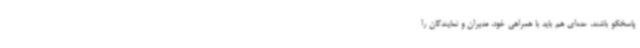
پاسخگو باشند، عده‌ای هم باید با همراهی خود، مدیران و نمایندگان را